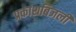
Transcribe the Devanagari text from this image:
प्रकाशबिजली